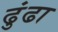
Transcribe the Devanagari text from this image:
ढुंढा